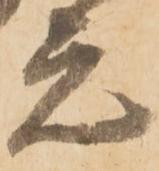
元